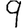
Digit: 9